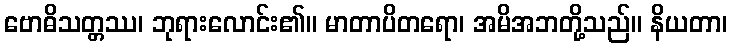
ဗောဓိသတ္တဿ၊ ဘုရားလောင်း၏။ မာတာပိတရော၊ အမိအဘတို့သည်။ နိယတာ၊